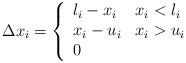
LaTeX: \begin{align*}\Delta x_i = \left\{ \begin{array} {ll}l_i - x_i & x_i < l_i \\x_i - u_i & x_i > u_i \\0 & \end{array}\right. \end{align*}